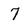
Character: 7